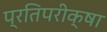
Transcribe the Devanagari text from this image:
प्रतिपरीक्षा